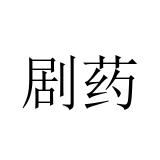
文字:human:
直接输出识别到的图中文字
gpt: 剧药